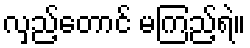
လှည့်တောင် မကြည့်ရဲ။